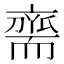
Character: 𮋡